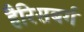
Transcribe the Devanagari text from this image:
हैरिसबर्ग